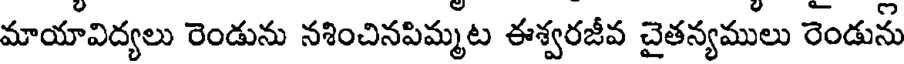
మాయావిద్యలు రెండును నశించినపిమ్మట ఈశ్వరజీవ చైతన్యములు రెండును